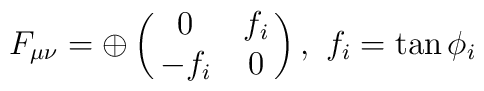
F_{\mu\nu}=\oplus \pmatrix{0&f_i \cr -f_i&0 \cr},~f_i=\tan{\phi_i }